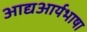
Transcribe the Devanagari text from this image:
आद्यआर्यभाषा